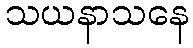
သယနာသနေ